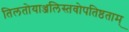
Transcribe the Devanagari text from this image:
तिलतोयाञ्जलिस्तवोपतिष्ठताम्